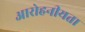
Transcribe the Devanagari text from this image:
आरोहनीयता